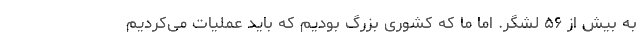
به بیش از ۵۶ لشگر. اما ما که کشوری بزرگ بودیم که باید عملیات می‌کردیم